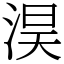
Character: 淏